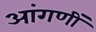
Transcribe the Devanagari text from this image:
आंगणीं